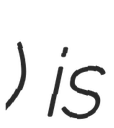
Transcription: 大塘湖) is